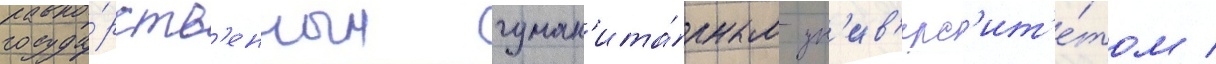
госуда́рств'енным гуман'ита́рным ун'ив'ерс'ит'е́том /